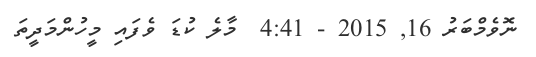
ނޮވެމްބަރު 16